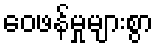
ဝေဖန်မှုများစွာ